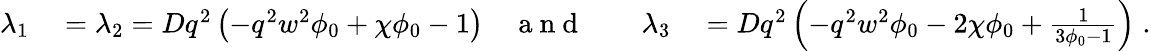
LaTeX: \begin{array}{rlrlrl}{\lambda_{1}}&{{}=\lambda_{2}=Dq^{2}\left(-q^{2}w^{2}\phi_{0}+\chi\phi_{0}-1\right)}&{\mathrm{~a~n~d~}}&{{}}&{\lambda_{3}}&{{}=Dq^{2}\left(-q^{2}w^{2}\phi_{0}-2\chi\phi_{0}+\frac{1}{3\phi_{0}-1}\right)\; .}\end{array}